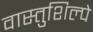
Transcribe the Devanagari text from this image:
वास्तुशिल्पे